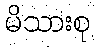
မိသားစု